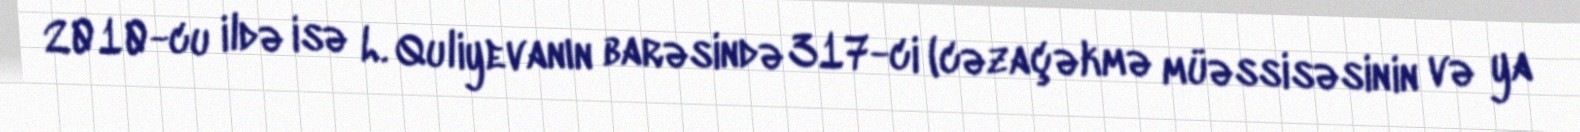
2010-cu ildə isə L. Quliyevanın barəsində 317-ci (cəzaçəkmə müəssisəsinin və ya